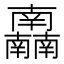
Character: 𰆂